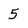
Character: 5